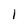
Character: I